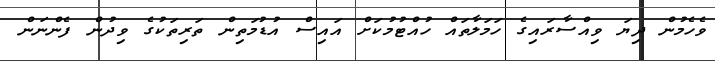
ވެހެމުން ދިޔަ ވިއްސާރައިގެ ހަމަލާތައް ހުއްޓުމުކަށް އައިސް އުޑުމަތިން ތަރިތަކުގެ ވިދުން ފެންނަން